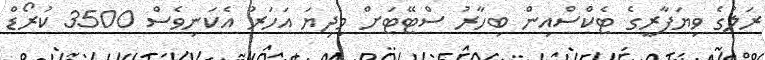
ރަލުގެ ވިޔަފާރީގެ ޓެކްސްއިން ބިހާރު ސްޓޭޓަށް މިދިޔަ އަހަރު އެކަނިވެސް 3500 ކުރޯޑް